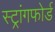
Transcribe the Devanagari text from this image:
स्ट्रांगफोर्ड